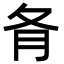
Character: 𡕙